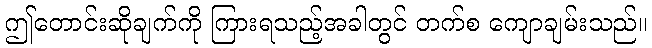
ဤတောင်းဆိုချက်ကို ကြားရသည့်အခါတွင် တက်စ ကျောချမ်းသည်။